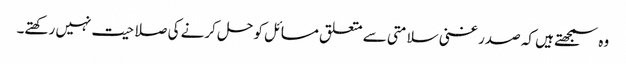
وہ سمجھتے ہیں کہ صدر غنی سلامتی سے متعلق مسائل کو حل کرنے کی صلاحیت نہیں رکھتے۔